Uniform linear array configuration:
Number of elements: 8
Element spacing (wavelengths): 0.75
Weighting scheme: exponential
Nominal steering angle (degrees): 45
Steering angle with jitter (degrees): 43.337
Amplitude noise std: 0.05
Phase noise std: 0.05

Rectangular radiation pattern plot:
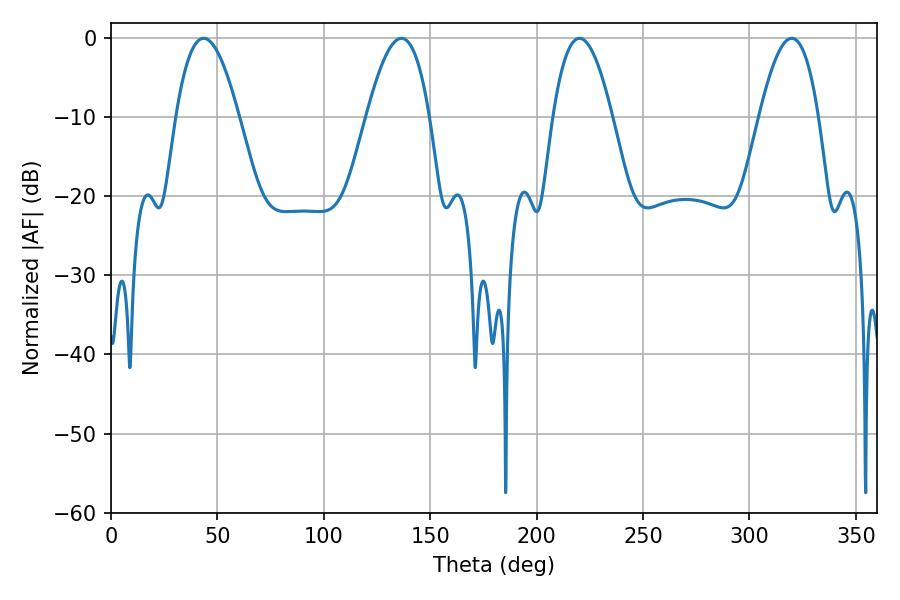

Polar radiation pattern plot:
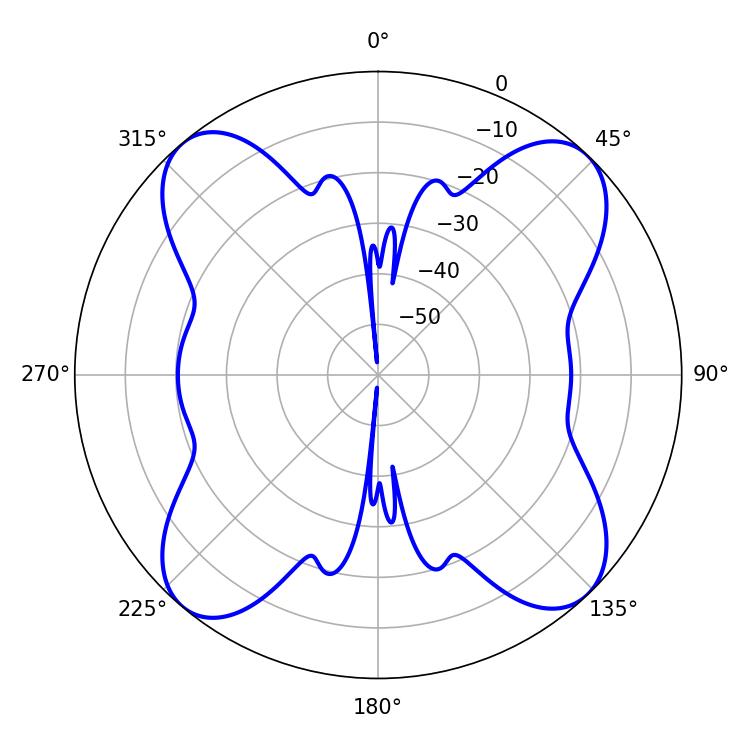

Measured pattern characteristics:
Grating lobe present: TRUE
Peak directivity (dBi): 16.147
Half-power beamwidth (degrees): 15.3
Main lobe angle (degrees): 220.14